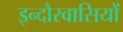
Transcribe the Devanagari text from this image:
इन्दौरवासियों